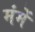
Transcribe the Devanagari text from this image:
मंमें